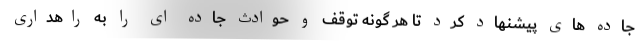
جاده های پیشنهاد کرد تا هر گونه توقف و حوادث جاده ای را به راهداری